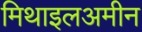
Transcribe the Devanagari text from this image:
मिथाइलअमीन